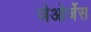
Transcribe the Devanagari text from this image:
जेओर्जेस